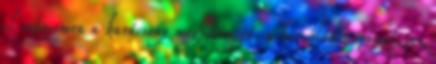
el számomra a karácsony meghittségét, a készülődés örömét, az